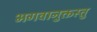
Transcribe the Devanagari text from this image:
भगवानुक्तस्तु